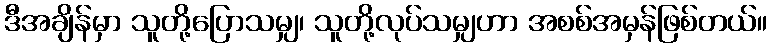
ဒီအချိန်မှာ သူတို့ပြောသမျှ၊ သူတို့လုပ်သမျှဟာ အစစ်အမှန်ဖြစ်တယ်။